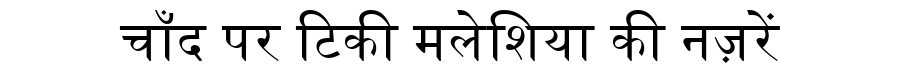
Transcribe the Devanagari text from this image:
चाँद पर टिकी मलेशिया की नज़रें